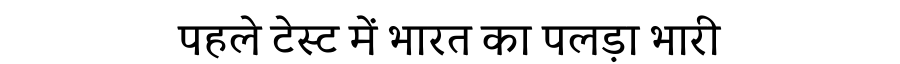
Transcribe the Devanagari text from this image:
पहले टेस्ट में भारत का पलड़ा भारी